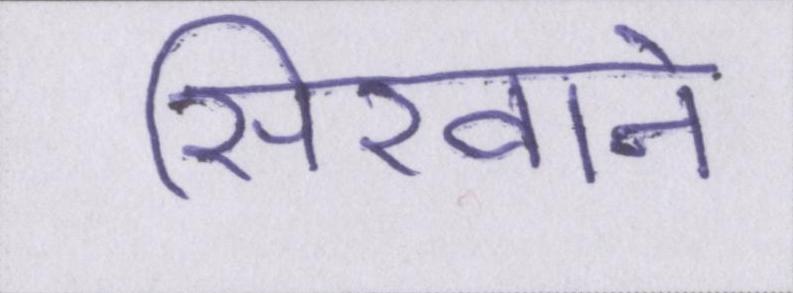
सिखाने